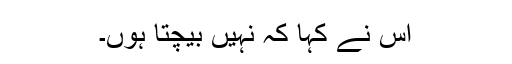
اس نے کہا کہ نہیں بیچتا ہوں۔